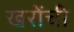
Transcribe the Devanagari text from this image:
खरोंची